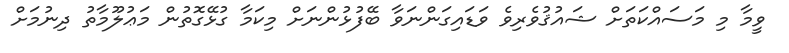
ވީމާ މި މަސައްކަތަށް ޝައުޤުވެރިވެ ވަޑައިގަންނަވާ ބޭފުޅުންނަށް މިކަމާ ގުޅޭގޮތުން މަޢުލޫމާތު ދިނުމަށް